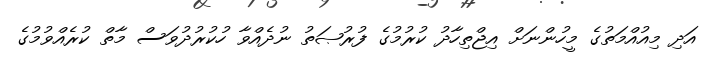
އަދި މިއުއްމަތުގެ މީހުންނަށް އިޖްތިހާދު ކުރުމުގެ ފުރުޞަތު ނުދެއްވާ ހުކުރުދުވަސް މާތް ކުރެއްވުމުގެ